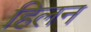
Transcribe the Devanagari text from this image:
हिलन